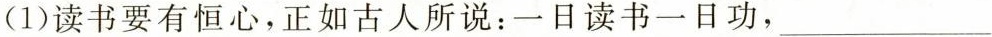
(1)读书要有恒心，正如古人所说：一日读书一日功，___